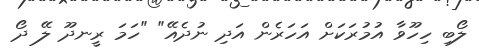
ލޯބި ހިހޫވާ އުމުރަކަށް އަހަރެން އަދި ނުދެއޭ" "ހަމަ ރީނދޫ ލޭ ދޯ